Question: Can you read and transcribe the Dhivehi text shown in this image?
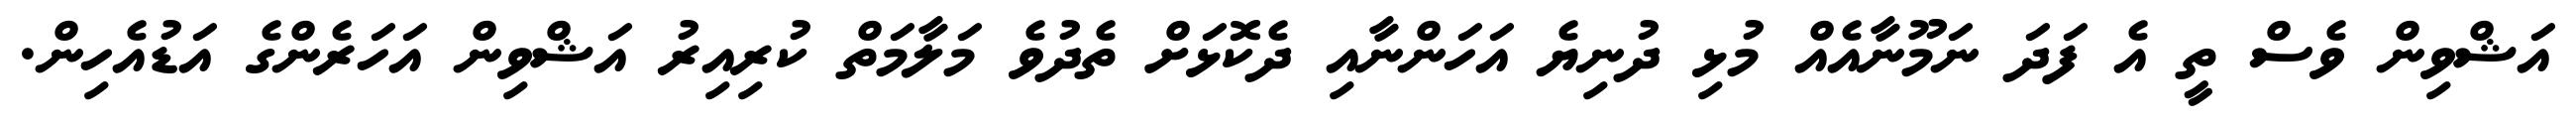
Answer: އަޝްވިން ވެސް ތީ އެ ފަދަ ނަމޫނާއެއް މުޅި ދުނިޔެ އަހަންނާއި ދެކޮޅަށް ތެދުވެ މަލާމަތް ކުރިއިރު އަޝްވިން އަހަރެންގެ އަޑުއެހިން.